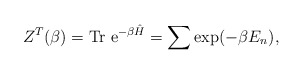
\begin{align*}Z^T(\beta)={\mbox {Tr e}}^{-\beta \hat{H}}=\sum \exp (-\beta E_n ) ,\end{align*}